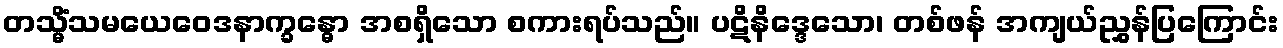
တသ္မိံသမယေဝေဒနာက္ခန္ဓော အစရှိသော စကားရပ်သည်။ ပဋိနိဒ္ဒေသော၊ တစ်ဖန် အကျယ်ညွှန်ပြကြောင်း